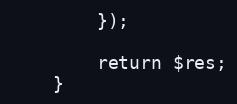
Language: PHP
        });

        return $res;
    }